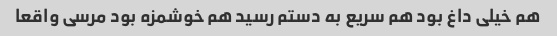
هم خیلی داغ بود هم سریع به دستم رسید هم خوشمزه بود مرسی واقعا